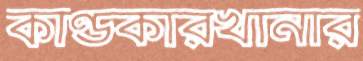
কাণ্ডকারখানার